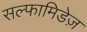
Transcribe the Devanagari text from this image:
सल्फामिडेज़